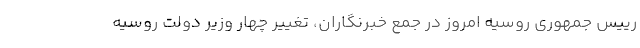
رییس جمهوری روسیه امروز در جمع خبرنگاران، تغییر چهار وزیر دولت روسیه